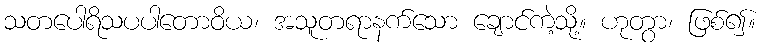
သတပေါရိသပပါတောဝိယ၊ အသူတရာနက်သော ချောင်ကဲ့သို့။ ဟုတွာ၊ ဖြစ်၍။